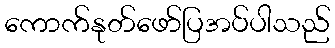
ကောက်နုတ်ဖော်ပြအပ်ပါသည်